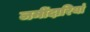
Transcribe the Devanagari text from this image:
जमींदारियां